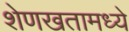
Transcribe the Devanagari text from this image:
शेणखतामध्ये